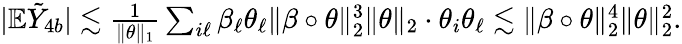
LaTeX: \begin{array}{r}{|\mathbb{E}\tilde{Y}_{4b}|\lesssim\frac{1}{\| \theta\| _{1}}\sum_{i\ell}\beta_{\ell}\theta_{\ell}\| \beta\circ\theta\| _{2}^{3}\| \theta\| _{2}\cdot\theta_{i}\theta_{\ell}\lesssim\| \beta\circ\theta\| _{2}^{4}\| \theta\| _{2}^{2}.}\end{array}